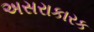
અસરાકારક